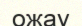
ожау